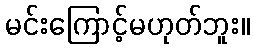
မင်းကြောင့်မဟုတ်ဘူး။